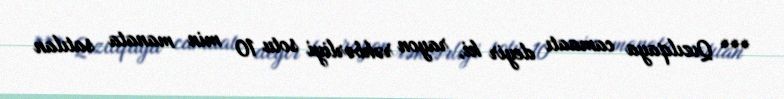
*** Qızılqaya camaatı deyir ki, rayon rəhbərliyi sotu 10 min manata satılan